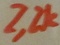
Text: 2,2K